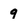
Character: 9